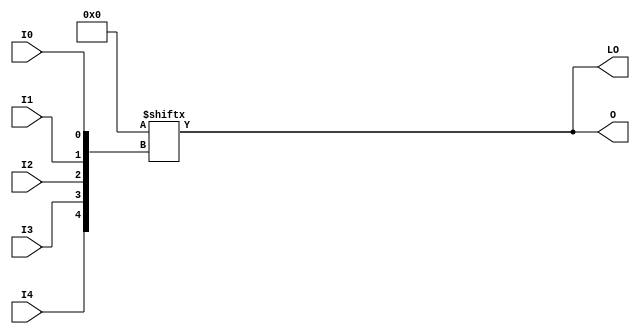
// $Header: /devl/xcs/repo/env/Databases/CAEInterfaces/verunilibs/data/rainier/LUT5_D.v,v 1.3 2007/06/01 00:22:57 yanx Exp $
///////////////////////////////////////////////////////////////////////////////
// Copyright (c) 1995/2004 Xilinx, Inc.
// All Right Reserved.
///////////////////////////////////////////////////////////////////////////////
//   ____  ____
//  /   /\/   /
// /___/  \  /    Vendor : Xilinx
// \   \   \/     Version : 10.1
//  \   \         Description : Xilinx Functional Simulation Library Component
//  /   /                  5-input Look-Up-Table with Dual Output
// /___/   /\     Filename : LUT5_D.v
// \   \  /  \    Timestamp : Thu Mar 25 16:42:54 PST 2004
//  \___\/\___\
//
// Revision:
//    03/23/04 - Initial version.
//    02/04/05 - Replace premitive with function; Remove buf.
//    05/30/07 - Change timescale to 1 ps / 1ps.
// End Revision

`timescale  1 ps / 1 ps


module LUT5_D (LO, O, I0, I1, I2, I3, I4);

  parameter INIT = 32'h00000000;

  input I0, I1, I2, I3, I4;

  output LO, O;

  reg O;
  reg tmp;
  wire LO;

  assign LO = O;

  always @( I4 or I3 or  I2 or  I1 or  I0 )  begin
 
    tmp =  I0 ^ I1  ^ I2 ^ I3 ^ I4;

    if ( tmp == 0 || tmp == 1)

        O = INIT[{I4, I3, I2, I1, I0}];

    else 
    
      O =  lut4_mux4 ( 
                        { lut6_mux8 ( INIT[31:24], {I2, I1, I0}),
                          lut6_mux8 ( INIT[23:16], {I2, I1, I0}),
                          lut6_mux8 ( INIT[15:8], {I2, I1, I0}),
                          lut6_mux8 ( INIT[7:0], {I2, I1, I0}) }, { I4, I3});
  end

  function lut6_mux8;
  input [7:0] d;
  input [2:0] s;
   
  begin

       if ((s[2]^s[1]^s[0] ==1) || (s[2]^s[1]^s[0] ==0))
           
           lut6_mux8 = d[s];

         else
           if ( ~(|d))
                 lut6_mux8 = 1'b0;
           else if ((&d))
                 lut6_mux8 = 1'b1;
           else if (((s[1]^s[0] ==1'b1) || (s[1]^s[0] ==1'b0)) && (d[{1'b0,s[1:0]}]===d[{1'b1,s[1:0]}]))
                 lut6_mux8 = d[{1'b0,s[1:0]}];
           else if (((s[2]^s[0] ==1) || (s[2]^s[0] ==0)) && (d[{s[2],1'b0,s[0]}]===d[{s[2],1'b1,s[0]}]))
                 lut6_mux8 = d[{s[2],1'b0,s[0]}];
           else if (((s[2]^s[1] ==1) || (s[2]^s[1] ==0)) && (d[{s[2],s[1],1'b0}]===d[{s[2],s[1],1'b1}]))
                 lut6_mux8 = d[{s[2],s[1],1'b0}];
           else if (((s[0] ==1) || (s[0] ==0)) && (d[{1'b0,1'b0,s[0]}]===d[{1'b0,1'b1,s[0]}]) &&
              (d[{1'b0,1'b0,s[0]}]===d[{1'b1,1'b0,s[0]}]) && (d[{1'b0,1'b0,s[0]}]===d[{1'b1,1'b1,s[0]}]))
                 lut6_mux8 = d[{1'b0,1'b0,s[0]}];
           else if (((s[1] ==1) || (s[1] ==0)) && (d[{1'b0,s[1],1'b0}]===d[{1'b0,s[1],1'b1}]) &&
              (d[{1'b0,s[1],1'b0}]===d[{1'b1,s[1],1'b0}]) && (d[{1'b0,s[1],1'b0}]===d[{1'b1,s[1],1'b1}]))
                 lut6_mux8 = d[{1'b0,s[1],1'b0}];
           else if (((s[2] ==1) || (s[2] ==0)) && (d[{s[2],1'b0,1'b0}]===d[{s[2],1'b0,1'b1}]) &&
              (d[{s[2],1'b0,1'b0}]===d[{s[2],1'b1,1'b0}]) && (d[{s[2],1'b0,1'b0}]===d[{s[2],1'b1,1'b1}]))
                 lut6_mux8 = d[{s[2],1'b0,1'b0}];
           else
                 lut6_mux8 = 1'bx;
   end
  endfunction


  function lut4_mux4;
  input [3:0] d;
  input [1:0] s;
   
  begin

       if ((s[1]^s[0] ==1) || (s[1]^s[0] ==0))

           lut4_mux4 = d[s];

         else if ((d[0] === d[1]) && (d[2] === d[3])  && (d[0] === d[2]) )
           lut4_mux4 = d[0];
         else if ((s[1] == 0) && (d[0] === d[1]))
           lut4_mux4 = d[0];
         else if ((s[1] == 1) && (d[2] === d[3]))
           lut4_mux4 = d[2];
         else if ((s[0] == 0) && (d[0] === d[2]))
           lut4_mux4 = d[0];
         else if ((s[0] == 1) && (d[1] === d[3]))
           lut4_mux4 = d[1];
         else
           lut4_mux4 = 1'bx;

   end
  endfunction

endmodule